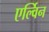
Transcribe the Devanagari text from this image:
एर्ल्विन